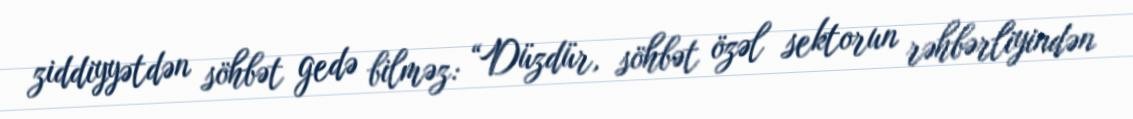
ziddiyyətdən söhbət gedə bilməz: “Düzdür, söhbət özəl sektorun rəhbərliyindən